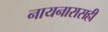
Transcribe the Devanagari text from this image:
नायनारासही